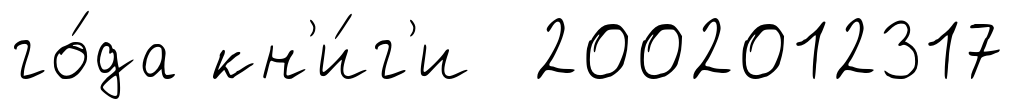
го́да кн'и́г'и 2002012317